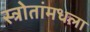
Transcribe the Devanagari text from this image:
स्त्रोतांमधला